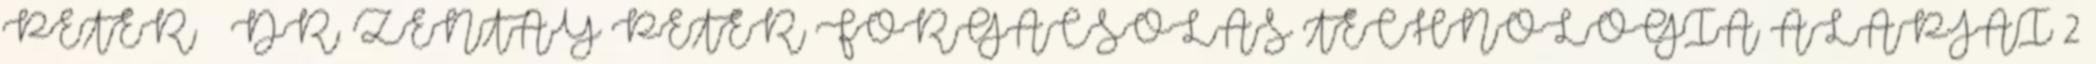
PÉTER – DR. ZENTAY PÉTER FORGÁCSOLÁS TECHNOLÓGIA ALAPJAI 2